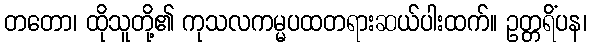
တတော၊ ထိုသူတို့၏ ကုသလကမ္မပထတရားဆယ်ပါးထက်။ ဥတ္တရိံပန၊